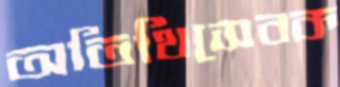
অতিথিসেবক